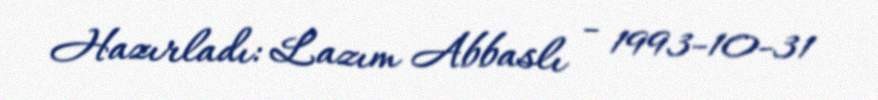
Hazırladı: Lazım Abbaslı - 1993-10-31